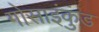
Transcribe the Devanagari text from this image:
गोसाइंकुंड